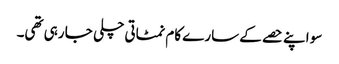
سو اپنے حصے کے سارے کام نمٹاتی چلی جا رہی تھی۔